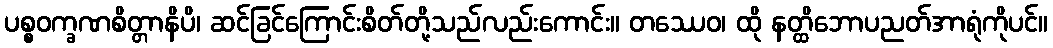
ပစ္စဝက္ခဏစိတ္တာနိပိ၊ ဆင်ခြင်ကြောင်းစိတ်တို့သည်လည်းကောင်း။ တဿေဝ၊ ထို နတ္ထိဘောပညတ်အာရုံကိုပင်။